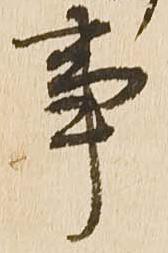
事